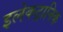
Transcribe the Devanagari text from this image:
इलेकट्रानिक